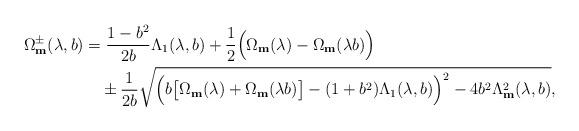
LaTeX: \begin{align*}\Omega_{\mathbf{m}}^{\pm}(\lambda,b)&=\frac{1-b^{2}}{2b}\Lambda_{1}(\lambda,b)+\frac{1}{2}\Big(\Omega_{\mathbf{m}}(\lambda)-\Omega_{\mathbf{m}}(\lambda b)\Big)\\&\quad\pm\frac{1}{2b}\sqrt{\Big(b\big[\Omega_{\mathbf{m}}(\lambda)+\Omega_{\mathbf{m}}(\lambda b)\big]-(1+b^{2})\Lambda_{1}(\lambda,b)\Big)^{2}-4b^{2}\Lambda_{\mathbf{m}}^{2}(\lambda,b)},\end{align*}